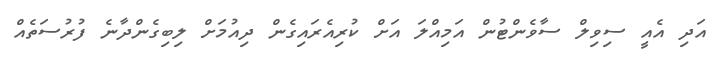
އަދި އެއީ ސިވިލް ސާވެންޓުން އަމިއްލަ އަށް ކުރިއެރައިގެން ދިއުމަށް ލިބިގެންދާނެ ފުރުސަތެއް